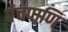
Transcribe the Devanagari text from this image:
पंचपाणि